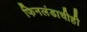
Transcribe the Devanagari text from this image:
फिनलंडाचीही